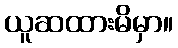
ယူဆထားမိမှာ။